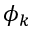
\phi _ { k }